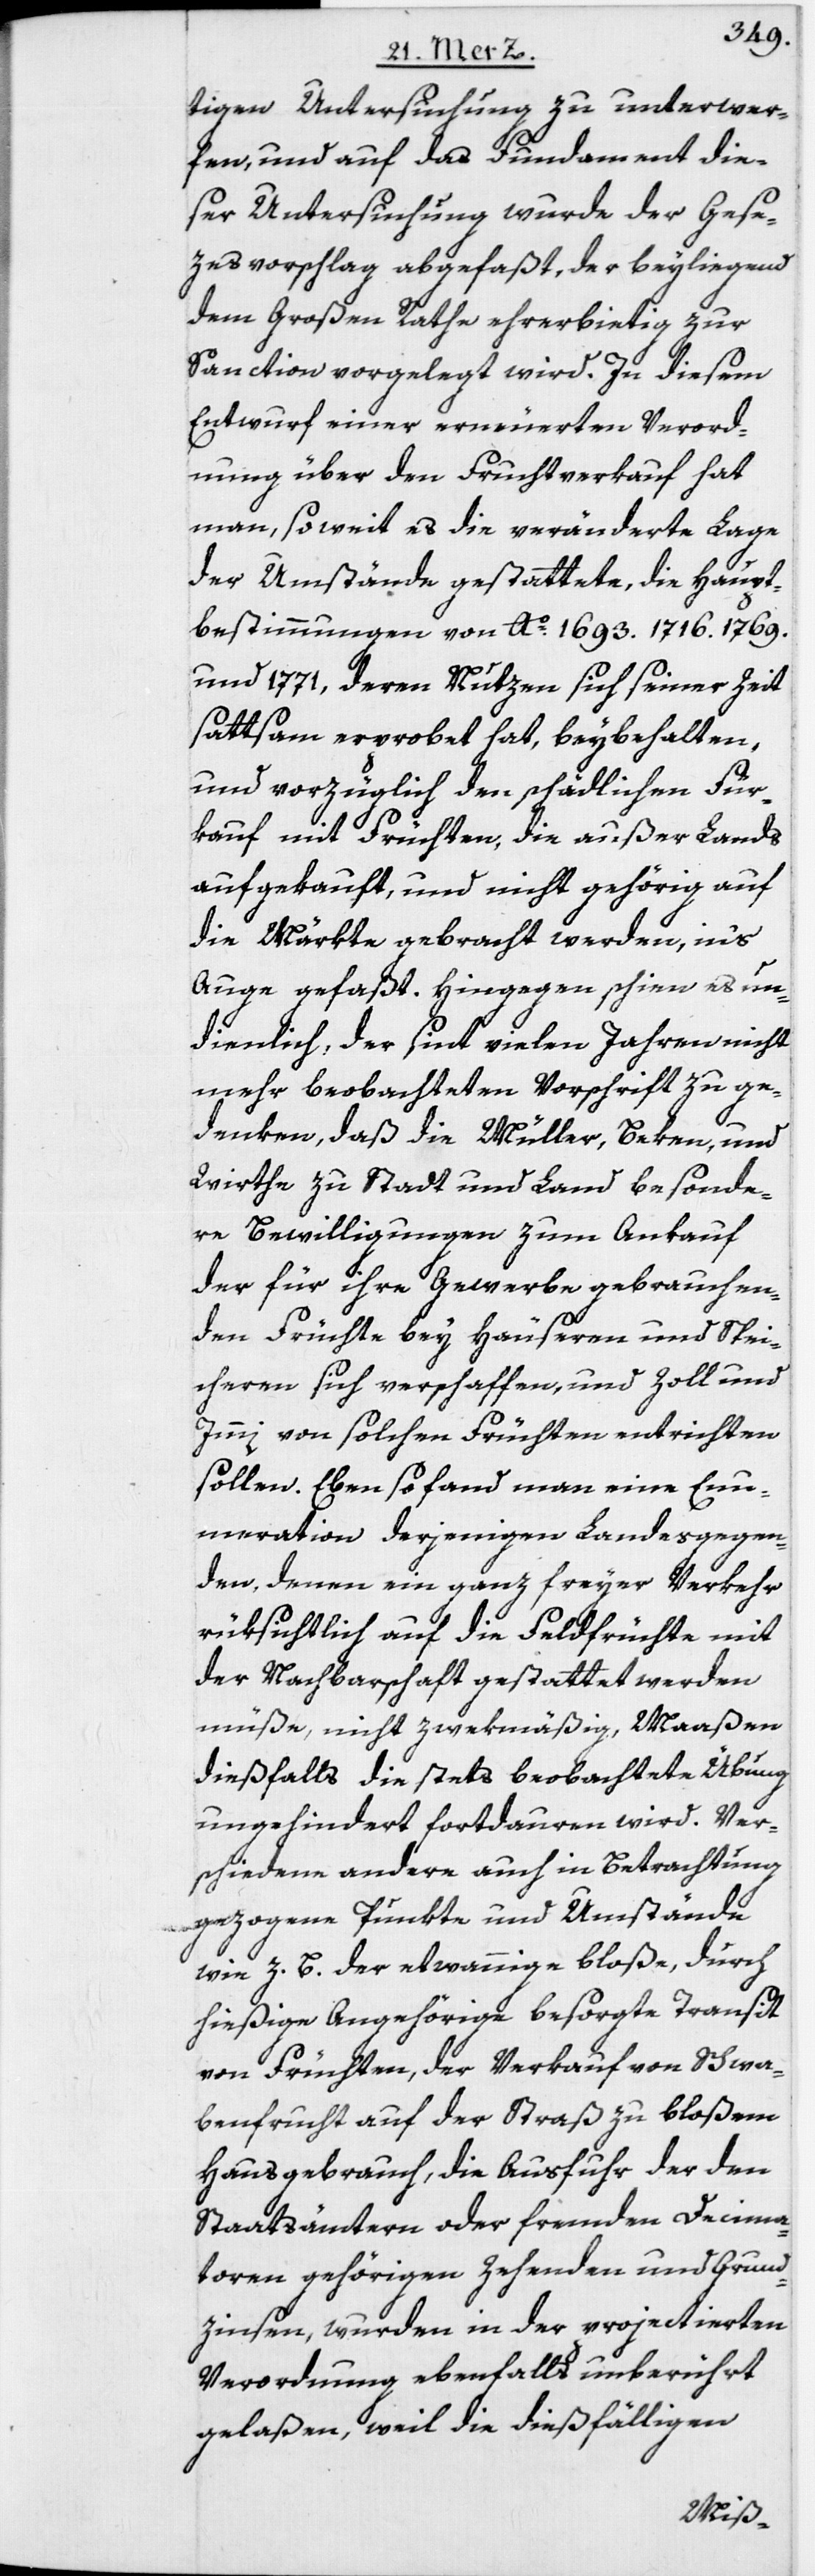
tigen Untersuchung zu unterwer¬
fen, und auf das Fundament die¬
ser Untersuchung wurde der Gese¬
zesvorschlag abgefaßt, der beyliegend
dem Großen Rathe ehrerbietig zur
Sanction vorgelegt wird. In diesem
Entwurf einer erneuerten Verord¬
nung über den Fruchtverkauf hat
man, soweit es die veränderte Lage
der Umstände gestattete, die Haupt¬
bestimmungen von Ao. 1693.[,] 1716.[,] 1769.
und 1771, deren Nutzen sich seiner Zeit
sattsam erprobet hat, beybehalten,
und vorzüglich den schädlichen Für¬
kauf mit Früchten, die außer Lands
aufgekauft, und nicht gehörig auf
die Märkte gebracht werden, in‘s
Auge gefaßt. Hingegen schien es un¬
dienlich, der seit vielen Jahren nicht
mehr beobachteten Vorschrift zu ge¬
denken, daß die Müller, Beken, und
Wirthe zu Stadt und Land besonde¬
re Bewilligungen zum Ankauf
der für ihre Gewerbe gebrauchen¬
den Früchte bey Häuseren und Spei¬
cheren sich verschaffen, und Zoll und
Immi von solchen Früchten entrichten
sollen. Eben so fand man eine Enu¬
meration derjenigen Landesgegen¬
den, denen ein ganz freyer Verkehr
rüksichtlich auf die Feldfrüchte mit
der Nachbarschaft gestattet werden
müße, nicht zwekmäßig, Maaßen
dießfalls die stets beobachtete Übung
ungehindert fortdauren wird. Ver¬
schiedene andere auch in Betrachtung
gezogene Punkte und Umstände
wie z. B. der etwannige bloße, durch
hießige Angehörige besorgte Transit
von Früchten, der Verkauf von Schwa¬
benfrucht auf der Straß zu bloßem
Hausgebrauch, die Ausfuhr der den
Staatsämtern oder fremden Decima¬
toren gehörigen Zehenden und Grund¬
zinsen, wurden in der projectierten
Verordnung ebenfalls unberührt
gelaßen, weil die dießfälligen